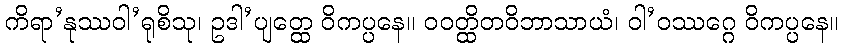
ကိရာ’နုဿဝါ’ရုစိသု၊ ဥဒါ’ပျတ္ထေ ဝိကပ္ပနေ။ ဝဝတ္ထိတဝိဘာသာယံ၊ ဝါ’ဝဿဂ္ဂေ ဝိကပ္ပနေ။